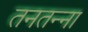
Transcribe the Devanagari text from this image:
तनतन्ना